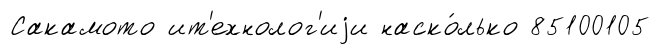
Сакамото ит'ехнолог'иjи наско́лько 85100105